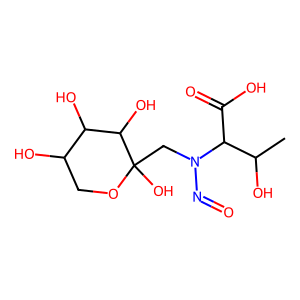
SMILES: CC(O)C(C(=O)O)N(CC1(O)OCC(O)C(O)C1O)N=O
Inhibits HIV replication: No